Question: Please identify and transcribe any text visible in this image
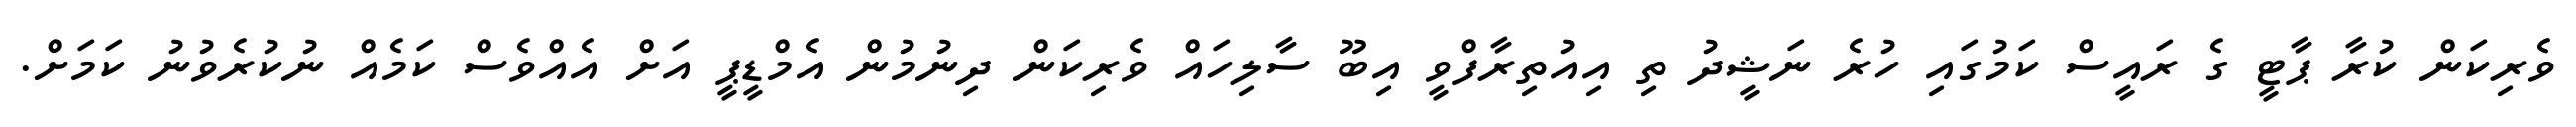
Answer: ވެރިކަން ކުރާ ޕާޓީ ގެ ރައީސް ކަމުގައި ހުރެ ނަޝީދު ތި އިއުތިރާފްވީ އިބޫ ސާލިހައް ވެރިކަން ދިނުމުން އެމްޑީޕީ އަށް އެއްވެސް ކަމެއް ނުކުރެވުނު ކަމަށް.